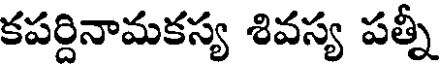
కపర్దినామకస్య శివస్య పత్నీ